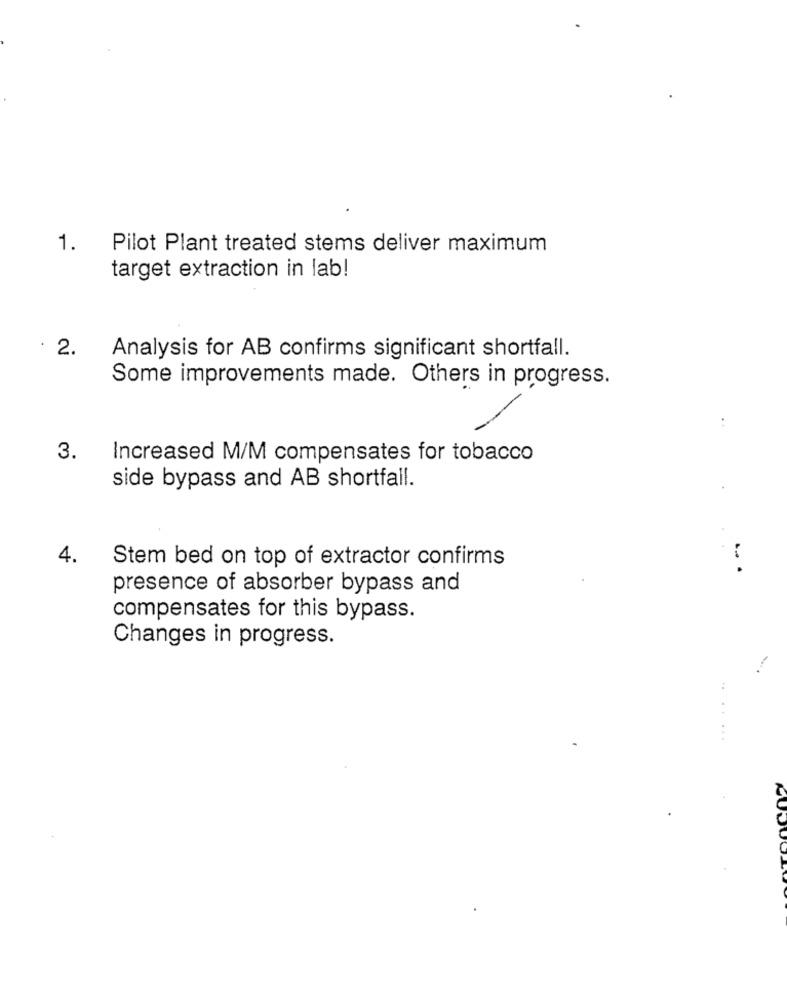
1.
Pilot Plant treated stems deliver maximum
target extraction in lab!
2.
Analysis for AB confirms significant shortfall.
Some improvements made. Others in progress.
..
3.
Increased M/M compensates for tobacco
side bypass and AB shortfall.
4.
Stem bed on top of extractor confirms
presence of absorber bypass and
compensates for this bypass.
Changes in progress.
.. .....